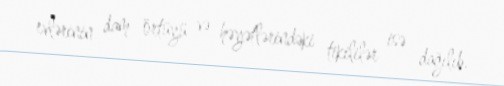
evlərinin dam örtüyü və həyətlərindəki tikililər isə dağılıb.